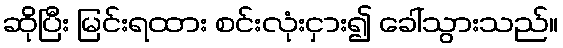
ဆိုပြီး မြင်းရထား စင်းလုံးငှား၍ ခေါ်သွားသည်။